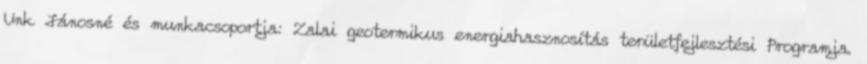
Unk Jánosné és munkacsoportja: Zalai geotermikus energiahasznosítás területfejlesztési Programja.